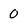
Character: 0